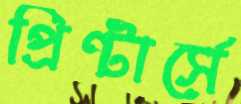
প্রিন্টার্সে